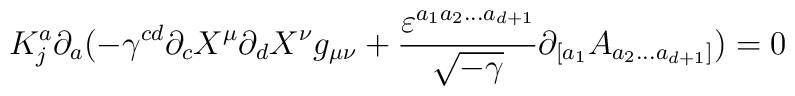
K^{a}_{j} \partial_{a} (                      -\gamma^{cd} \partial_{c} X^{\mu}\partial_{d} X^{\nu} g_{\mu \nu}+ \frac {\varepsilon^{a_{1}a_{2}...a_{d+1}}}{\sqrt{-\gamma}}                    \partial_{[a_{1}}A_{a_{2}...a_{d+1}]}) = 0